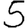
Digit: 5